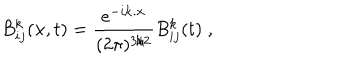
B _ { i j } ^ { k } ( { \bf x } , t ) = \frac { { e } ^ { - i { \bf k } . { \bf x } } } { ( 2 \pi ) ^ { 3 / 2 } } B _ { i j } ^ { k } ( t ) \; ,